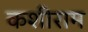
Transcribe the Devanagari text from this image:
कशीराम